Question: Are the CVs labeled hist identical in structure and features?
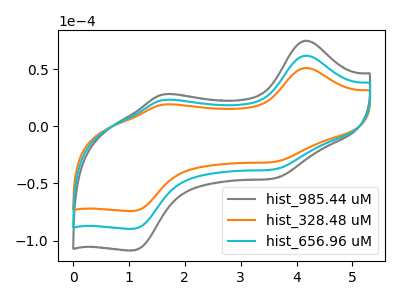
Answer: <think>The gray curve "hist_985.44 uM" has anodic peaks at (4.15V, 124.00uA) (1.65V, 46.40uA) and cathodic peaks at (3.60V, -74.85uA) (1.10V, -179.40uA). The orange curve "hist_328.48 uM" has anodic peaks at (4.15V, 51.20uA) (1.65V, 19.15uA) and cathodic peaks at (3.60V, -30.90uA) (1.10V, -74.10uA). The cyan curve "hist_656.96 uM" has anodic peaks at (4.15V, 62.00uA) (1.65V, 23.20uA) and cathodic peaks at (3.60V, -37.45uA) (1.10V, -89.70uA).
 All the peaks in "hist_985.44 uM" have a peak in "hist_328.48 uM" at the same potential. Every peak in "hist_985.44 uM" is higher than every peak in "hist_328.48 uM". All the peaks in "hist_985.44 uM" have a peak in "hist_656.96 uM" at the same potential. Every peak in "hist_985.44 uM" is higher than every peak in "hist_656.96 uM". All the peaks in "hist_328.48 uM" have a peak in "hist_656.96 uM" at the same potential. Every peak in "hist_328.48 uM" is lower than every peak in "hist_656.96 uM".</think>
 <answer>All the CV's of "hist" have similar shape.</answer>
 <eval>follow_rule</eval>